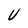
Character: U